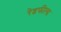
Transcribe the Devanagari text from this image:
रेडफील्ड